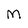
Character: M